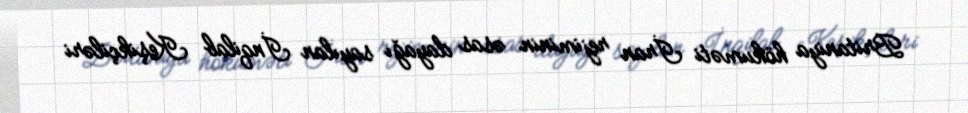
Britaniya hökuməti İran rejiminin əsas dayağı sayılan İnqilab Keşikçiləri